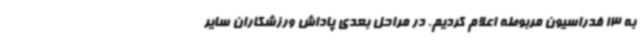
به 13 فدراسیون مربوطه اعلام کردیم. در مراحل بعدی پاداش ورزشکاران سایر